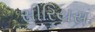
સીરિયસ